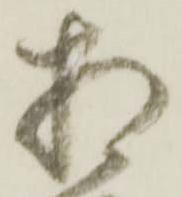
相